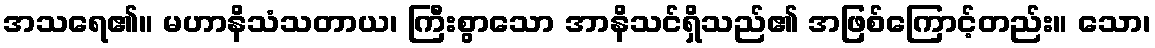
အသရေ၏။ မဟာနိသံသတာယ၊ ကြီးစွာသော အာနိသင်ရှိသည်၏ အဖြစ်ကြောင့်တည်း။ သော၊